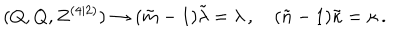
( Q , Q , Z ^ { ( 4 | 2 ) } ) \rightarrow ( \tilde { m } - 1 ) \tilde { \lambda } = \lambda \, , \quad ( \tilde { n } - 1 ) \tilde { \kappa } = \kappa \, .